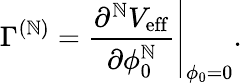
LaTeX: \Gamma^{(\mathbb{N})}=\left.\frac{{\partial^{\mathbb{N}}V_{\mathrm{{eff}}}}}{{\partial\phi_{0}^{\mathbb{N}}}}\right|_{\phi_{0}=0}.